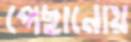
পেছানোয়